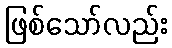
ဖြစ်သော်လည်း